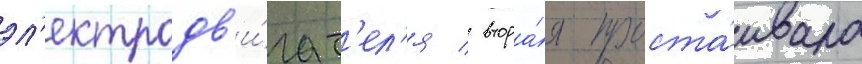
эл'ектродв'и́гат'ел'я / втора́я проста́ивала